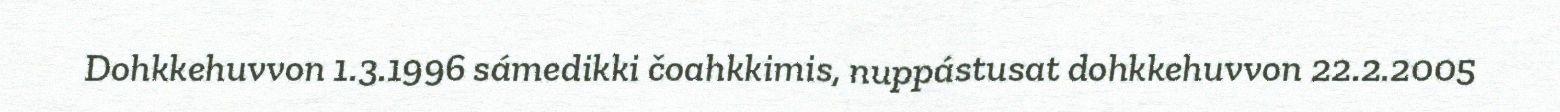
Dohkkehuvvon 1.3.1996 sámedikki čoahkkimis, nuppástusat dohkkehuvvon 22.2.2005